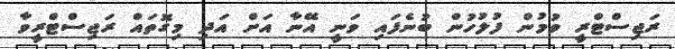
ރަޖިސްޓްރީ ވުމުން ފުލުހުން ބުނެފައި ވަނީ އޭނާ އަށް އަދި މިގޮތައް ރަޖިސްޓްރީވާ